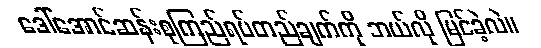
ဒေါ်အောင်ဆန်းစုကြည်ရပ်တည်ချက်ကို ဘယ်လို မြင်ခဲ့လဲ။